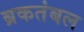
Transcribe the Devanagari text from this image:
ब्रकतंबल